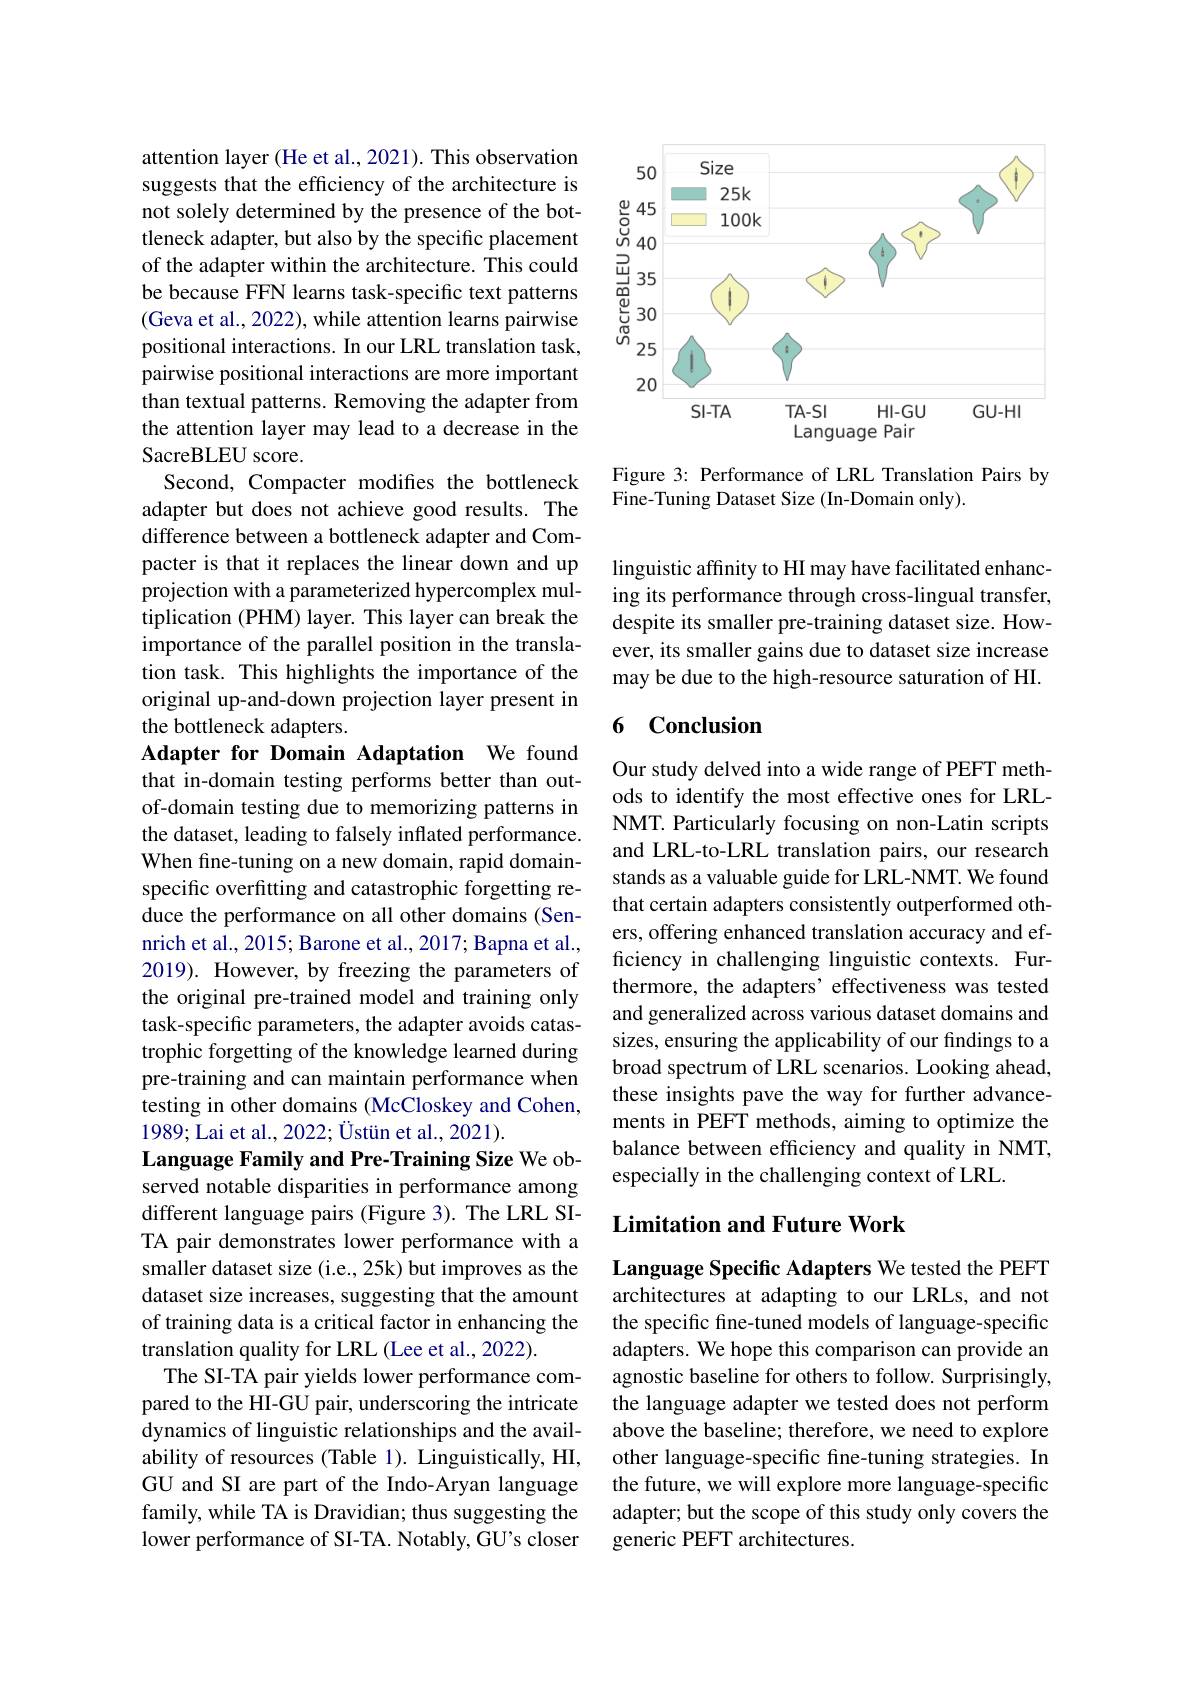
attention layer (He et al., 2021). This observation suggests that the efficiency of the architecture is not solely determined by the presence of the bottleneck adapter, but also by the specific placement of the adapter within the architecture. This could be because FFN learns task-specific text patterns (Geva et al., 2022), while attention learns pairwise positional interactions. In our LRL translation task, pairwise positional interactions are more important than textual patterns. Removing the adapter from the attention layer may lead to a decrease in the SacreBLEU score.
Second, Compacter modifies the bottleneck adapter but does not achieve good results. The difference between a bottleneck adapter and Compacter is that it replaces the linear down and up projection with a parameterized hypercomplex multiplication (PHM) layer. This layer can break the importance of the parallel position in the translation task. This highlights the importance of the original up-and-down projection layer present in the bottleneck adapters.
Adapter for Domain Adaptation We found that in-domain testing performs better than outof-domain testing due to memorizing patterns in the dataset, leading to falsely inflated performance. When fine-tuning on a new domain, rapid domainspecific overfitting and catastrophic forgetting reduce the performance on all other domains (Sennrich et al., 2015; Barone et al., 2017; Bapna et al., 2019). However, by freezing the parameters of the original pre-trained model and training only task-specific parameters, the adapter avoids catastrophic forgetting of the knowledge learned during pre-training and can maintain performance when testing in other domains (McCloskey and Cohen, 1989; Lai et al., 2022; Üstün et al., 2021).
Language Family and Pre-Training Size We observed notable disparities in performance among different language pairs (Figure 3). The LRL SITA pair demonstrates lower performance with a smaller dataset size (i.e., 25k) but improves as the dataset size increases, suggesting that the amount of training data is a critical factor in enhancing the translation quality for LRL (Lee et al., 2022).
The SI-TA pair yields lower performance compared to the HI-GU pair, underscoring the intricate dynamics of linguistic relationships and the availability of resources (Table 1). Linguistically, HI, GU and SI are part of the Indo-Aryan language family, while TA is Dravidian; thus suggesting the lower performance of SI-TA. Notably, GU's closer

<FigureHere>

Figure 3: Performance of LRL Translation Pairs by
Fine-Tuning Dataset Size (In-Domain only).

linguistic affinity to HI may have facilitated enhancing its performance through cross-lingual transfer, despite its smaller pre-training dataset size. However, its smaller gains due to dataset size increase may be due to the high-resource saturation of HI.

### 6 Conclusion

Our study delved into a wide range of PEFT methods to identify the most effective ones for LRLNMT. Particularly focusing on non-Latin scripts and LRL-to-LRL translation pairs, our research stands as a valuable guide for LRL-NMT. We found that certain adapters consistently outperformed others, offering enhanced translation accuracy and efficiency in challenging linguistic contexts. Furthermore, the adapters' effectiveness was tested and generalized across various dataset domains and sizes, ensuring the applicability of our findings to a broad spectrum of LRL scenarios. Looking ahead, these insights pave the way for further advancements in PEFT methods, aiming to optimize the balance between efficiency and quality in NMT, especially in the challenging context of LRL.

## Limitation and Future Work

Language Specific Adapters We tested the PEFT architectures at adapting to our LRLs, and not the specific fine-tuned models of language-specific adapters. We hope this comparison can provide an agnostic baseline for others to follow. Surprisingly, the language adapter we tested does not perform above the baseline; therefore, we need to explore other language-specific fine-tuning strategies. In the future, we will explore more language-specific adapter; but the scope of this study only covers the generic PEFT architectures.